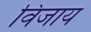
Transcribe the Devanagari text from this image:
विजाय